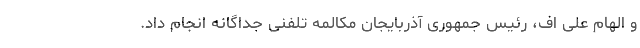
و الهام علی اف، رئیس جمهوری آذربایجان مکالمه تلفنی جداگانه انجام داد.